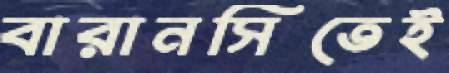
বারানসিতেই